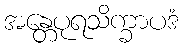
အန္တေပုရသိက္ခာပဒံ